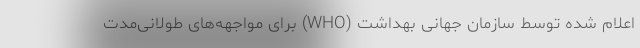
اعلام شده توسط سازمان جهانی بهداشت (WHO) برای مواجهه‌های طولانی‌مدت